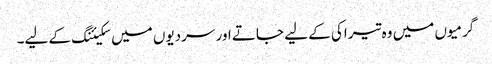
گرمیوں میں وہ تیراکی کے لیے جاتے اور سردیوں میں سکیئنگ کے لیے۔